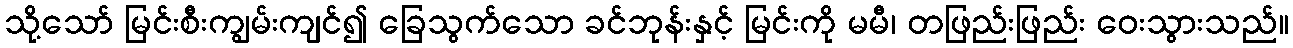
သို့သော် မြင်းစီးကျွမ်းကျင်၍ ခြေသွက်သော ခင်ဘုန်းနှင့် မြင်းကို မမီ၊ တဖြည်းဖြည်း ဝေးသွားသည်။